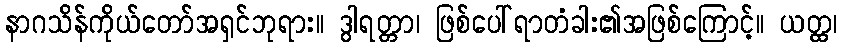
နာဂသိန်ကိုယ်တော်အရှင်ဘုရား။ ဒွါရတ္တာ၊ ဖြစ်ပေါ်ရာတံခါး၏အဖြစ်ကြောင့်။ ယတ္ထ၊